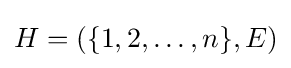
H=(\{1,2,\ldots ,n\},E)